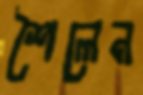
শৈলেন